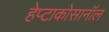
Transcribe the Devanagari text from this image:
हेप्टाकोसानॉल